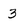
Character: 3